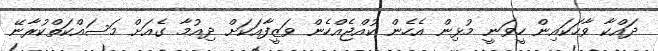
ދައްކާ ވާހަކައިން ހީވަނީ މުޅިން އެހެން ކުއްޖެއްހެން ވަޒީފާއަކަށް ދިއުމާ ގެއަށް މަސައްކަތްކުރާނޭ